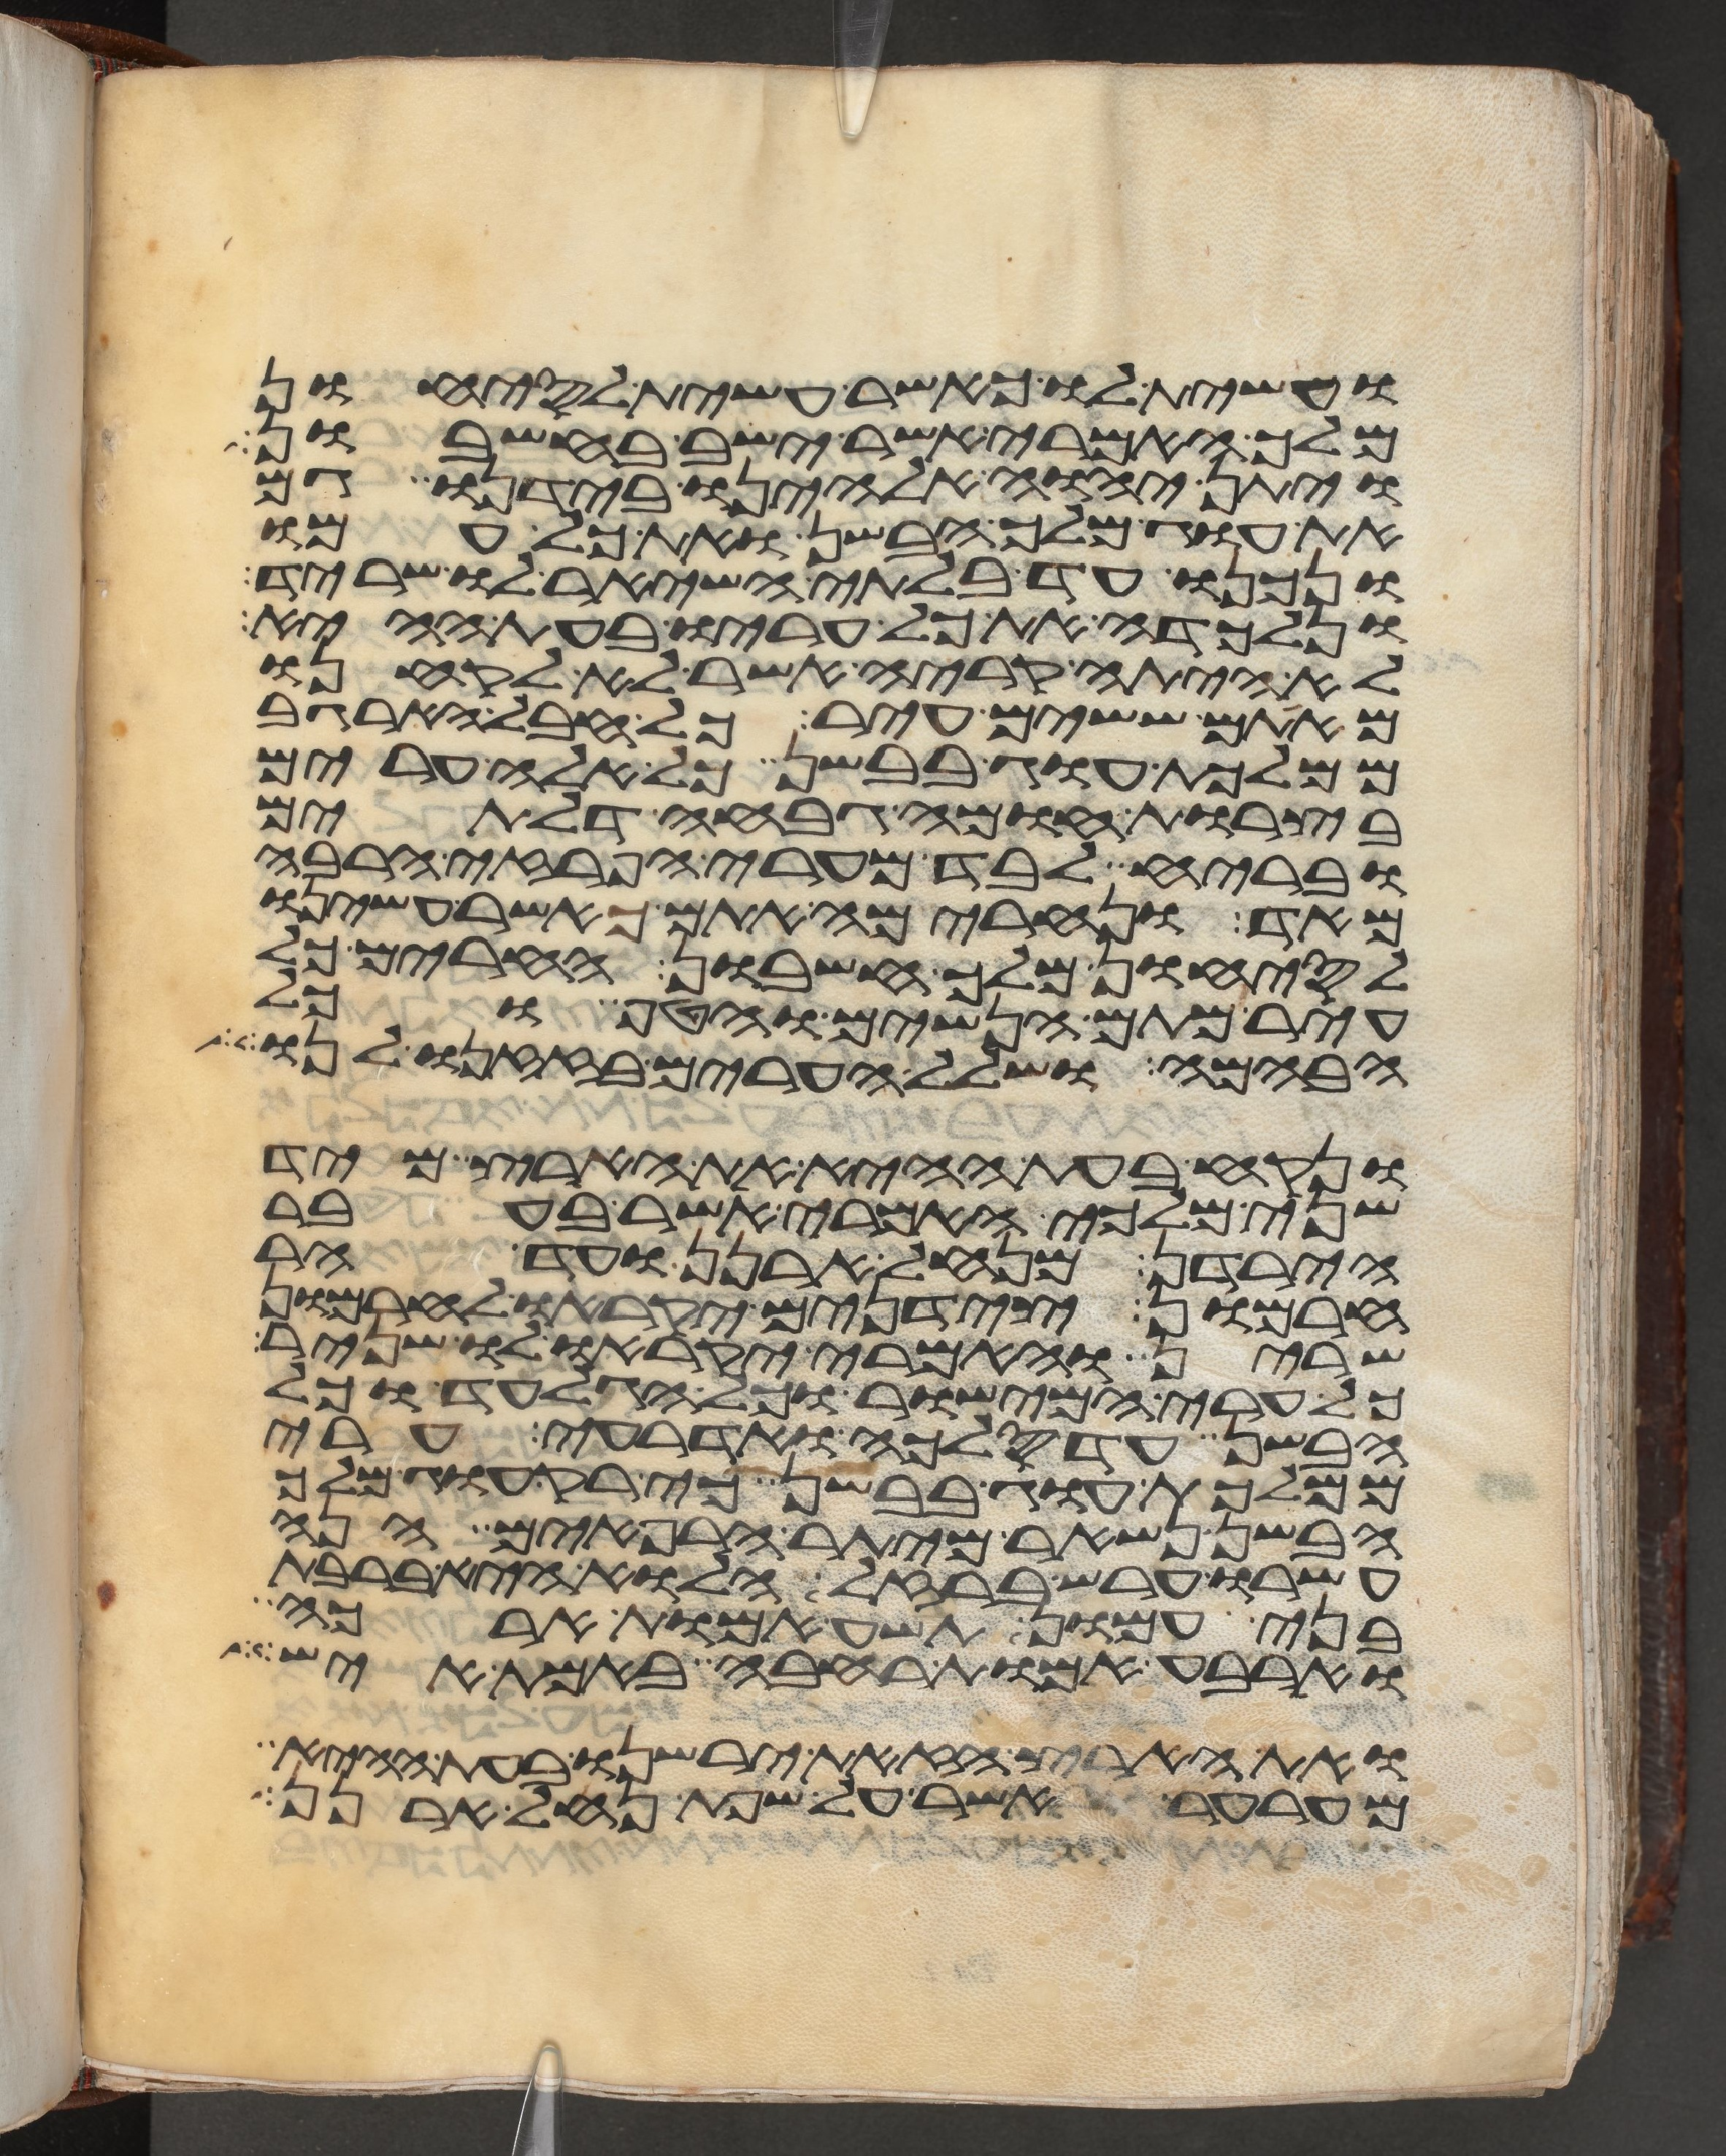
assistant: ועשית לו כאשר עשית לסיחון
מלך האמרי אשר ישב בחשבון
ויתן יהוה אלהינו בידנו גם
את עוג מלך הבשן ואת כל עמו
ונכנו עד בלתי השאיר לו שריד
ונלכדה את כל עריו בעת ההיא
לא היתה קריה אשר לא לקחנו
מאתם ששים עיר כל חבל הארגב
ממלכות עוג בבשן כל אלה ערים
בצרות חומה גבחה דלתים
ובריח לבד מערי הפרזי הרבה
מאד ונחרימה אתם כאשר עשינו
לסיחון מלך חשבון החרים כל
עיר מתם הנשים והטף וכל
הבהמה ושלל הערים בזזנו לנו
ונקח בעת ההיא את הארץ מיד
שני מלכי האמרי אשר בעבר
הירדן מנחל ארנן ועד הר
חרמון צידנים יקראו לחרמון
שרין והאמרי יקראו לו שניר
כל ערי המישור וכל הגלעד וכל
הבשן עד סלכה ואדרעי ערי
ממלכת עוג בבשן כי רק עוג מלך
הבשן נשאר מיתר הרפאים הנה
ערשו ערש ברזל הלוא היא ברבת
בני עמון תשע אמות ארכה
וארבע אמות רחבה באמת איש
ואת הארץ הזאת ירשנו בעת ההיא
מערער אשר על שפת נחל ארנן